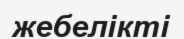
жебелікті